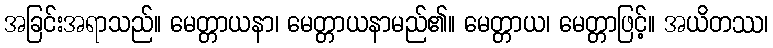
အခြင်းအရာသည်။ မေတ္တာယနာ၊ မေတ္တာယနာမည်၏။ မေတ္တာယ၊ မေတ္တာဖြင့်။ အယိတဿ၊